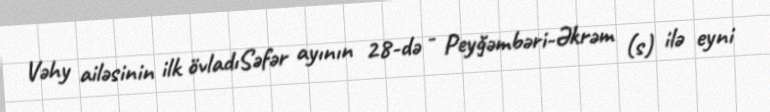
Vəhy ailəsinin ilk övladıSəfər ayının 28-də - Peyğəmbəri-Əkrəm (s) ilə eyni